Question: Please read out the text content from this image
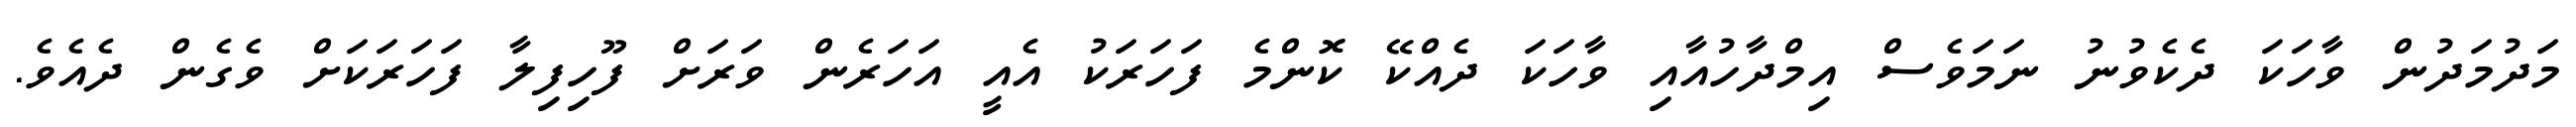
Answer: މަދުމަދުން ވާހަކަ ދެކެވުނު ނަމަވެސް އިމްދާހުއާއި ވާހަކަ ދެއްކޭ ކޮންމެ ފަހަރަކު އެއީ އަހަރެން ވަރަށް ފޫހިފިލާ ފަހަރަކަށް ވެގެން ދެއެވެ.